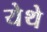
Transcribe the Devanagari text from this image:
येेथे